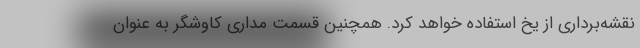
نقشه‌برداری از یخ استفاده خواهد کرد. همچنین قسمت مداری کاوشگر به عنوان